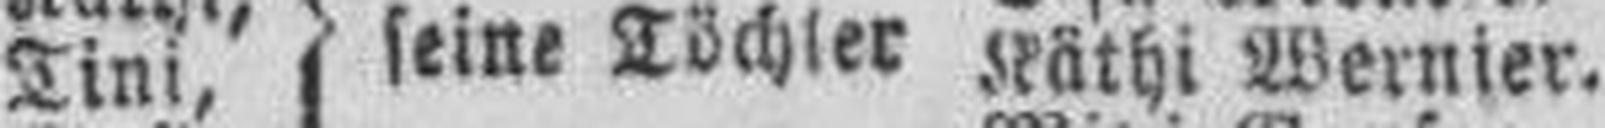
Tini Käthi Wernier.